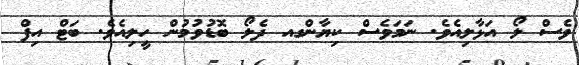
ވެސް ލޯ އަޅާލިއެވެ. ނަމަވެސް ކިޔާންގއ ދެލޯ ބޮޑުވުމުން ހީލިއެވެ. ބަޓް އިފް